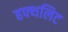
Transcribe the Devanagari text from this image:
हफ्थलिट